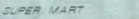
SUPER MART